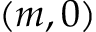
( m , 0 )